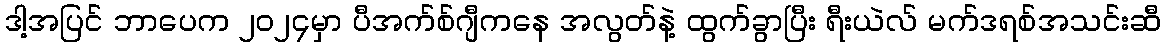
ဒါ့အပြင် ဘာပေက ၂၀၂၄မှာ ပီအက်စ်ဂျီကနေ အလွတ်နဲ့ ထွက်ခွာပြီး ရီးယဲလ် မက်ဒရစ်အသင်းဆီ